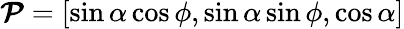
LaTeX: \boldsymbol{\mathcal{P}}=[\sin\alpha\cos\phi,\sin\alpha\sin\phi,\cos\alpha]